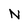
Character: N